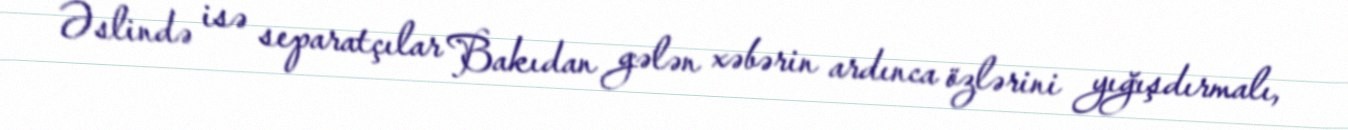
Əslində isə separatçılar Bakıdan gələn xəbərin ardınca özlərini yığışdırmalı,